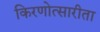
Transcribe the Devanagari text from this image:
किरणोत्सारीता